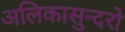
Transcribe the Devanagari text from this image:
अलिकासुन्दरो